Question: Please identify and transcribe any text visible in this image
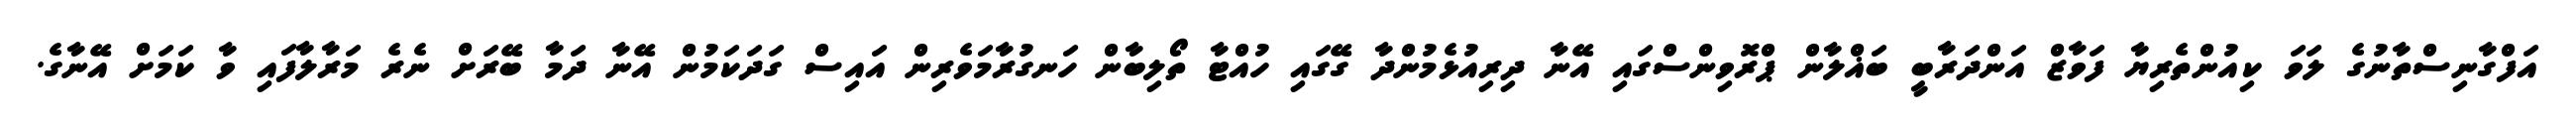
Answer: އަފްގާނިސްތާނުގެ ލަވަ ކިއުންތެރިޔާ ފަވާޒް އަންދަރާބީ ބަޣްލާން ޕްރޮވިންސްގައި އޭނާ ދިރިއުޅެމުންދާ ގޭގައި ހުއްޓާ ތޯލިބާން ހަނގުރާމަވެރިން އައިސް ގަދަކަމުން އޭނާ ދަމާ ބޭރަށް ނެރެ މަރާލާފައި ވާ ކަމަށް އޭނާގެ.